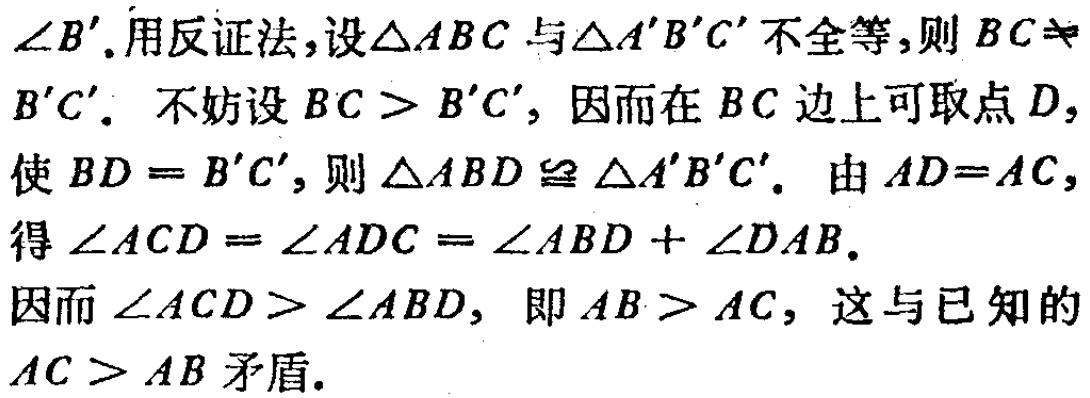
$\angle B'. 用反证法,设\triangle ABC与\triangle A'B'C'不全等,则BC\neq B'C'. 不妨设BC > B'C',因而在BC边上可取点D,使BD = B'C',则\triangle ABD\cong\triangle A'B'C'. 由AD = AC,得\angle ACD=\angle ADC=\angle ABD+\angle DAB. 因而\angle ACD > \angle ABD,即AB > AC,这与已知的AC > AB矛盾.$